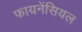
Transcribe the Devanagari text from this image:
फायनेंसियल